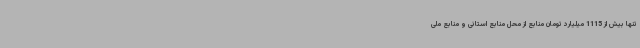
تنها بیش از 1115 میلیارد تومان منابع از محل منابع استانی و منابع ملی